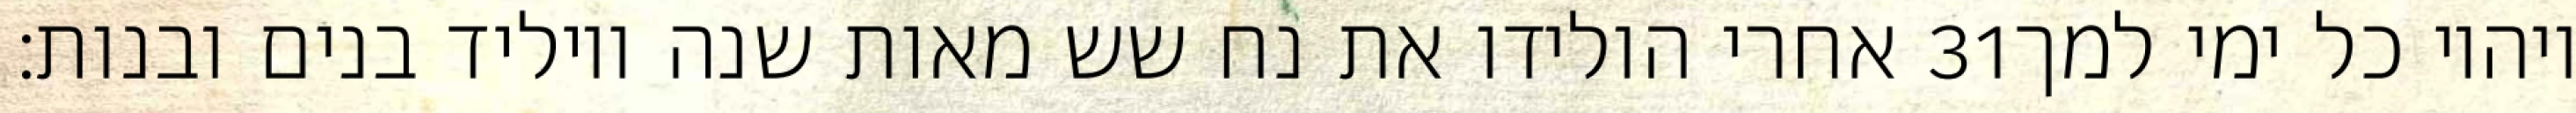
אחרי הולידו את נח שש מאות שנה ויוליד בנים ובנות׃ ‎31‏ ויהיו כל ימי למך